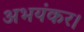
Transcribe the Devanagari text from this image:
अभयंकर।